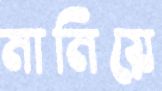
মানিয়ে